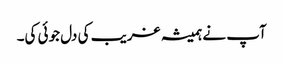
آپ نے ہمیشہ غریب کی دل جوئی کی۔